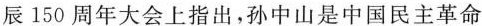
辰150周年大会上指出，孙中山是中国民主革命